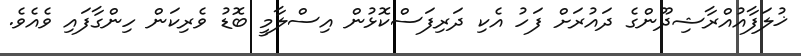
ޚުލަފާއުއްރާޝިދޫންގެ ދައުރަށް ފަހު އެކި ދަރިފަސްކޮޅުން އިސްލާމީ ބޮޑު ވެރިކަން ހިންގާފައި ވެއެވެ.